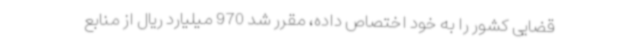
قضایی کشور را به خود اختصاص داده، مقرر شد 970 میلیارد ریال از منابع